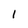
Character: 1